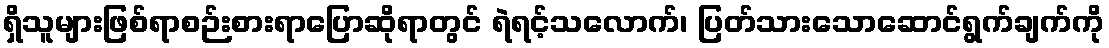
ရှိသူများဖြစ်ရာစဉ်းစားရာပြောဆိုရာတွင် ရဲရင့်သလောက်၊ ပြတ်သားသောဆောင်ရွက်ချက်ကို